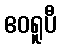
ဧဝရူပီ